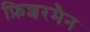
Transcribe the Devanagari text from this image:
फ़िशरमैन